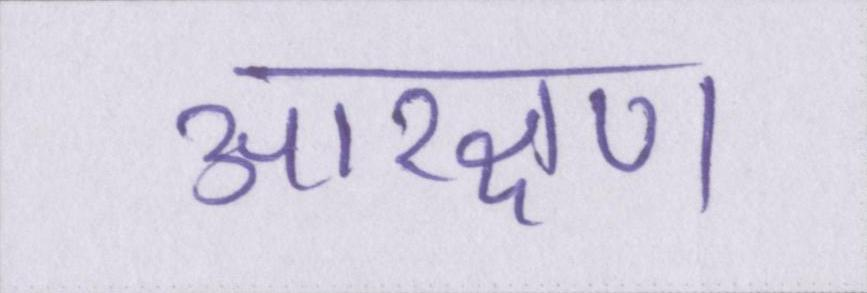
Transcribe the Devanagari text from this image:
आरक्षण